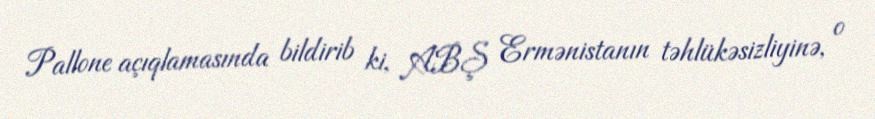
Pallone açıqlamasında bildirib ki, ABŞ Ermənistanın təhlükəsizliyinə, o